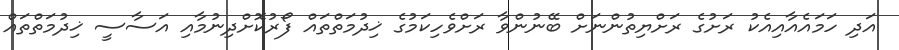
އަދި ހަމައެއާއިއެކު ރަށުގެ ރަށްޔިތުންނަށް ބޭނުންވާ ރަށްވެހިކަމުގެ ޚިދުމަތްތައް ފޯރުކޮށްދިނުމާއި އަސާސީ ޚިދުމަތްތައް